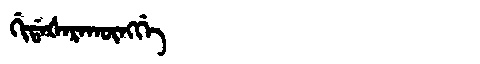
Manchu: ᡤᡳᡩᠠᡧᠠᡵᠠᡴᡡᠩᡤᡝ
Romanization: GIDAŠARAKŪNGGE